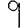
Digit: 9